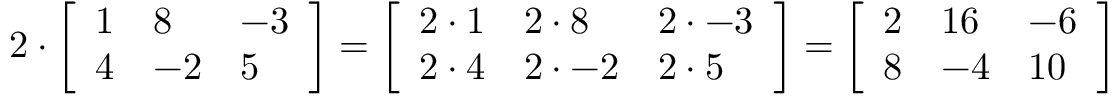
2 \cdot { \left[ \begin{array} { l l l } { 1 } & { 8 } & { - 3 } \\ { 4 } & { - 2 } & { 5 } \end{array} \right] } = { \left[ \begin{array} { l l l } { 2 \cdot 1 } & { 2 \cdot 8 } & { 2 \cdot - 3 } \\ { 2 \cdot 4 } & { 2 \cdot - 2 } & { 2 \cdot 5 } \end{array} \right] } = { \left[ \begin{array} { l l l } { 2 } & { 1 6 } & { - 6 } \\ { 8 } & { - 4 } & { 1 0 } \end{array} \right] }